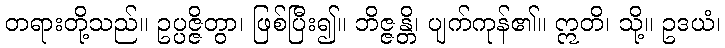
တရားတို့သည်။ ဥပ္ပဇ္ဇိတွာ၊ ဖြစ်ပြီး၍။ ဘိဇ္ဇန္တိ၊ ပျက်ကုန်၏။ ဣတိ၊ သို့။ ဥဒယံ၊